Report of the Indian Hemp Drugs Commission, 1894-1895 - Volume IV
Year: 1894
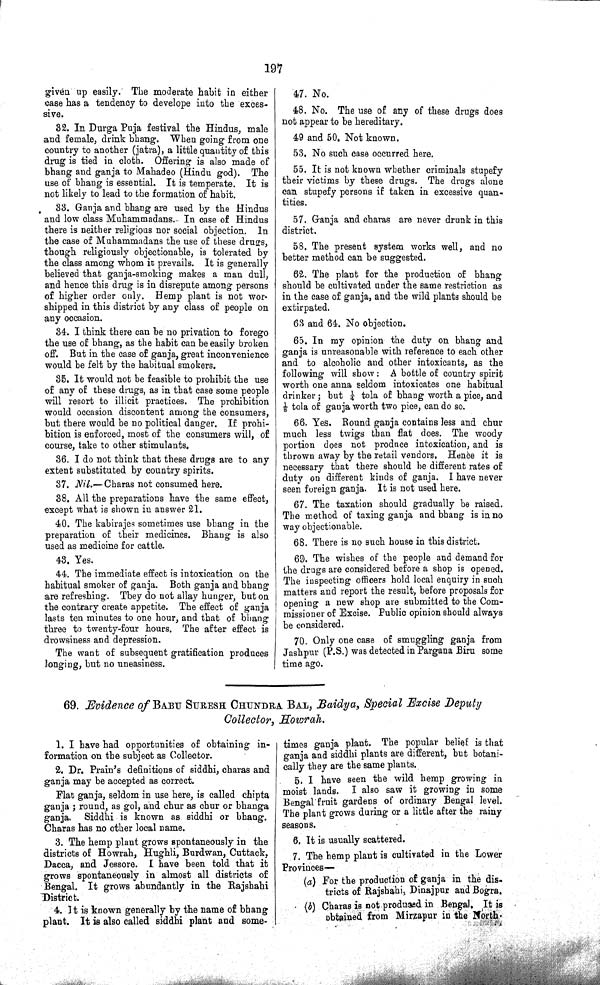
197
given up easily. The moderate habit in either
case has a tendency to develope into the exces-
sive.
32. In Durga Puja festival the Hindus, male
and female, drink bhang. When going from one
country to another (jatra), a little quantity of this
drug is tied in cloth. Offering is also made of
bhang and ganja to Mahadeo (Hindu god). The
use of bhang is essential. It is temperate. It is
not likely to lead to the formation of habit.
33. Ganja and bhang are used by the Hindus
and low class Muhammadans. In case of Hindus
there is neither religious nor social objection. In
the case of Muhammadans the use of these drugs,
though religiously objectionable, is tolerated by
the class among whom it prevails. It is generally
believed that ganja-smoking makes a man dull,
and hence this drug is in disrepute among persons
of higher order only. Hemp plant is not wor-
shipped in this district by any class of people on
any occasion.
34. I think there can be no privation to forego
the use of bhang, as the habit can be easily broken
off. But in the case of ganja, great inconvenience
would be felt by the habitual smokers.
35. It would not be feasible to prohibit the use
of any of these drugs, as in that case some people
will resort to illicit practices. The prohibition
would occasion discontent among the consumers,
but there would be no political danger. If prohi-
bition is enforced, most of the consumers will, of
course, take to other stimulants.
36. I do not think that these drugs are to any
extent substituted by country spirits.
37. Nil.— Charas not consumed here.
38. All the preparations have the same effect,
except what is shown in answer 21.
40. The kabirajes sometimes use bhang in the
preparation of their medicines. Bhang is also
used as medicine for cattle.
43. Yes.
44. The immediate effect is intoxication on the
habitual smoker of ganja. Both ganja and bhang
are refreshing. They do not allay hunger, but on
the contrary create appetite. The effect of ganja
lasts ten minutes to one hour, and that of bhang
three to twenty-four hours. The after effect is
drowsiness and depression.
The want of subsequent gratification produces
longing, but no uneasiness.
47. No.
48. No. The use of any of these drugs does
not appear to be hereditary.
49 and 50. Not known.
53. No such case occurred here.
55. It is not known whether criminals stupefy
their victims by these drugs. The drugs alone
can stupefy persons if taken in excessive quan-
tities.
57. Ganja and charas are never drunk in this
district.
58. The present system works well, and no
better method can be suggested.
62. The plant for the production of bhang
should be cultivated under the same restriction as
in the case of ganja, and the wild plants should be
extirpated.
63 and 64. No objection.
65. In my opinion the duty on bhang and
ganja is unreasonable with reference to each other
and to alcoholic and other intoxicants, as the
following will show: A bottle of country spirit
worth one anna seldom intoxicates one habitual
drinker; but ¼ tola of bhang worth a pice, and
1/8 tola of ganja worth two pice, can do so.
66. Yes. Round ganja contains less and chur
much less twigs than flat does. The woody
portion does not produce intoxication, and is
thrown away by the retail vendors. Hence it is
necessary that there should be different rates of
duty on different kinds of ganja. I have never
seen foreign ganja. It is not used here.
67. The taxation should gradually be raised.
The method of taxing ganja and bhang is in no
way objectionable.
68. There is no such house in this district.
69. The wishes of the people and demand for
the drugs are considered before a shop is opened.
The inspecting officers hold local enquiry in such
matters and report the result, before proposals for
opening a new shop are submitted to the Com-
missioner of Excise. Public opinion should always
be considered.
70. Only one case of smuggling ganja from
Jashpur (P.S.) was detected in Pargana Biru some
time ago.
69. Evidence of BABU SURESH CHUNDRA BAL, Baidya, Special Excise Deputy
Collector, Howrah.
1. I have had opportunities of obtaining in-
formation on the subject as Collector.
2. Dr. Prain's definitions of siddhi, charas and
ganja may be accepted as correct.
Flat ganja, seldom in use here, is called chipta
ganja; round, as gol, and chur as chur or bhanga
ganja. Siddhi is known as siddhi or bhang.
Charas has no other local name.
3. The hemp plant grows spontaneously in the
districts of Howrah, Hughli, Burdwan, Cuttack,
Dacca, and Jessore. I have been told that it
grows spontaneously in almost all districts of
Bengal. It grows abundantly in the Rajshahi
District.
4. It is known generally by the name of bhang
plant. It is also called siddhi plaint and some-
times ganja plant. The popular belief is that
ganja and siddhi plants are different, but botani-
cally they are the same plants.
5. I have seen the wild hemp growing in
moist lands. I also saw it growing in some
Bengal fruit gardens of ordinary Bengal level.
The plant grows during or a little after the rainy
seasons.
6. It is usually scattered.
7. The hemp plant is cultivated in the Lower
Provinces—
(a) For the production of ganja in the dis-
tricts of Rajshahi, Dinajpur and Bogra.
(b) Charas is not produced in Bengal. It is
obtained from Mirzapur in the North